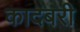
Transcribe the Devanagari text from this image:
कादबरी